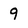
Character: 9